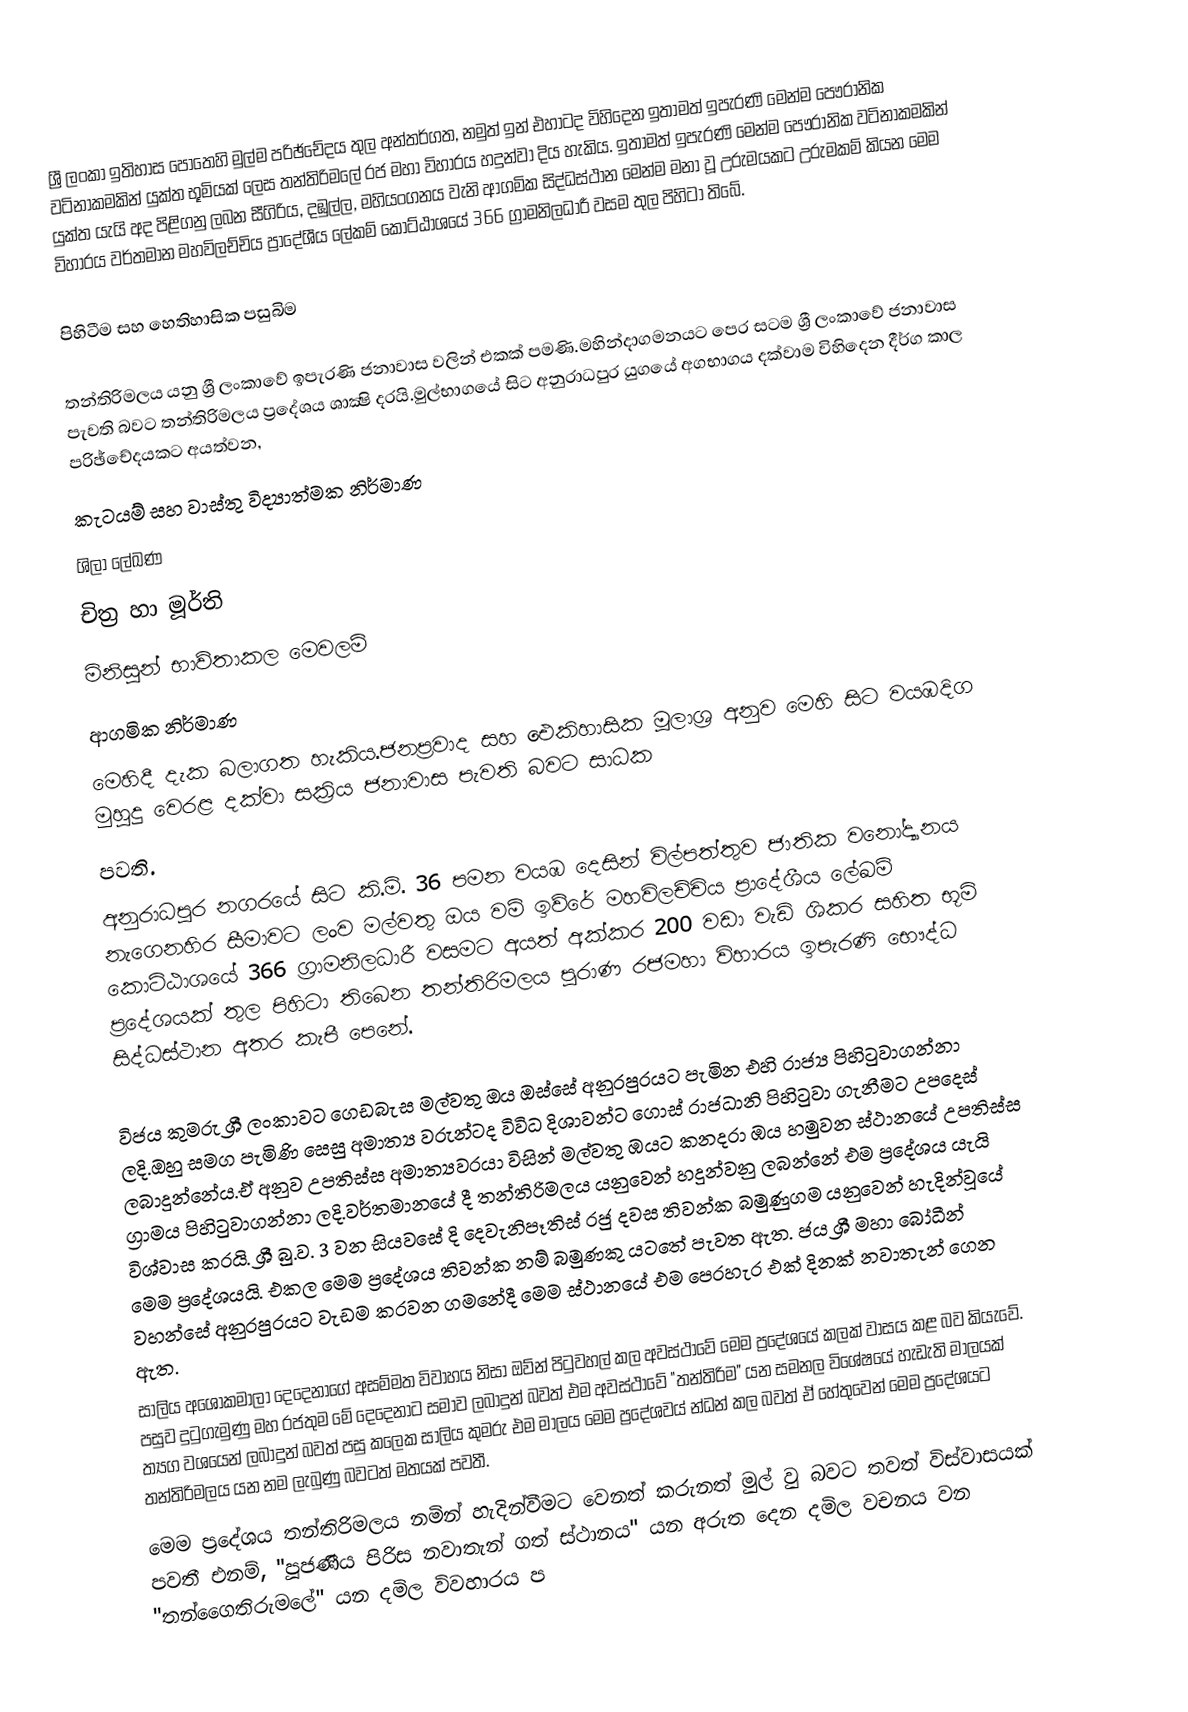
ශ්‍රී ලංකා ඉතිහාස පොතෙහි මුල්ම පරිඡ්චේදය තුල අන්තර්ගත, නමුත් ඉන් එහාටද විහිදෙන ඉතාමත් ඉපැරණි මෙන්ම පෞරානික වටිනාකමකින් යුක්ත භූමියක් ලෙස තන්තිරිමලේ රජ මහා විහාරය හදුන්වා දිය හැකිය. ඉතාමත් ඉපැරණි මෙන්ම පෞරානික වටිනාකමකින් යුක්ත යැයි අද පිළිගනු ලබන සීගිරිය, දඹුල්ල, මහියංගනය වැනි ආගමික සිද්ධස්ථාන මෙන්ම මනා වූ උරුමයකට උරුමකම් කියන මෙම විහාරය වර්තමාන මහවිලච්චිය ප්‍රාදේශීය ලේකම් කොට්ඨාශ‍යේ 366 ග්‍රාමනිලධාරී වසම තුල පිහිටා තිබේ.

පිහිටීම සහ හෙතිහාසික පසුබිම

තන්තිරිමලය යනු ශ්‍රී ලංකාවේ ඉපැරණි ජනාවාස වලින් එකක් පමණි.මහින්දාගමනයට පෙර සටම ශ්‍රී ලංකාවේ ජනාවාස පැවති බවට තන්තිරිමලය ප්‍රදේශය ශාක්‍ෂි දරයි.මුල්භාගයේ සිට අනුරාධපුර යුගයේ අගභාගය දක්වාම විහිදෙන දීර්ග කාල පරිඡ්චේදයකට අයත්වන,
කැටයම් සහ වාස්තු විද්‍යාත්මක නිර්මාණ
ශිලා ලේඛණ
චිත්‍ර හා මූර්ති
මිනිසුන් භාව්තාකල මෙවලම්
ආගමික නිර්මාණ
මෙහිදී දැක බලාගත හැකිය.ජනප්‍රවාද සහ ඓකිහාසික මූලාශ්‍ර අනුව මෙහි සිට වයඹදිග මුහුදු වෙරළ දක්වා සක්‍රිය ජනාවාස පැවති බවට සාධක
පවති.
අනුරාධපුර නගරයේ සිට කි.මි. 36 පමන වයඹ දෙසින් විල්පත්තුව ජාතික වනෝද්‍යානය නැගෙනහිර සීමාවට ලංව මල්වතු ඔය වම් ඉව්රේ මහවිලච්චිය ප්‍රාදේශීය ලේඛම් කොට්ඨාශ‍යේ 366 ග්‍රාමනිලධාරී වසමට අයත් අක්කර 200 වඩා වැඩි ශිකර සහිත භූමි ප්‍රදේශයක් තුල පිහිටා තිබෙන  තන්තිරිමලය පුරාණ රජමහා විහාරය ඉපැරණි භෞද්ධ සිද්ධස්ථාන අතර කැපී පෙනේ.

විජය කුමරු ශ්‍රී ලංකාවට ගෙඩබැස මල්වතු ඔය ඔස්සේ අනුරපුරයට පැමින එහි රාජ්‍ය පිහිටුවාගන්නා ලදි.ඔහු සමග පැමිණි සෙසු අමාත්‍ය වරුන්ටද විවිධ දිශාවන්ට ගොස් රාජධානි පිහිටුවා ගැනීමට උපදෙස් ලබාදුන්නේය.ඒ අනුව උපතිස්ස අමාත්‍යවරයා විසින් මල්වතු ඹයට කනදරා ඹය හමුවන ස්ථානයේ උපතිස්ස ග්‍රාමය පිහිටුවාගන්නා ලදි.වර්තමානයේ දී තන්තිරිමලය යනුවෙන් හදුන්වනු ලබන්නේ එම ප්‍රදේශය යැයි විශ්වාස කරයි. ශ්‍රී බු.ව. 3 වන සියවසේ දි දෙවැනිපෑතිස් රජු දවස තිවන්ක බමුණුගම යනුවෙන් හැදින්වූයේ මෙම ප්‍රදේශයයි. එකල මෙම ප්‍රදේශය තිවන්ක නම් බමුණකු යටතේ පැවත ඇත. ජය ශ්‍රී මහා බෝධීන් වහන්සේ අනුරපුරයට වැඩම කරවන ගමනේදී මෙම ස්ථානයේ එම පෙරහැර එක් දිනක් නවාතැන්‍ ගෙන ඇත.
සාලිය අශෝකමාලා දෙදෙනාගේ අසම්මත විවාහය නිසා ඔව්න් පිටුවහල් කල අවස්ථාවේ මෙම ප්‍රදේශයේ කලක් වාසය කළ බව කියැවේ. පසුව දුටුගැමුණු මහ රජතුම මේ දෙදෙනාට සමාව ලබාදුන් බවත් එම අවස්ථාවේ "තන්තිරිම" යන සමනල විශේෂයේ හැඩැති මාලයක් ත්‍යග වශයෙන් ලබාදුන් බවත් පසු කලෙක සාලිය කුමරු එම මාලය මෙම ප්‍රදේශවය් න්ධන් කල බවත් ඒ හේතුවෙන් මෙම ප්‍රදේශයට තන්තිරිමලය යන නම ලැබුණු බවටත් මතයක් පවතී.
මෙම ප්‍රදේශය  තන්තිරිමලය නමින් හැදින්වීමට වෙනත් කරුනත් මුල් වු බවට තවත් විස්වාසයක් පවතී එනම්, "පූජණීය පිරිස නවාතැන් ගත් ස්ථානය" යන අරුත දෙන දමිල වචනය වන "තන්ගෛතිරුමලේ" යන දමිල විවහාරය ප